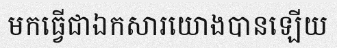
មកធ្វើជាឯកសារយោងបានឡើយ